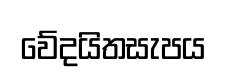
වේදයිතසැපය